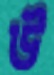
উ